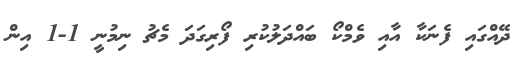
ދޭއްގައި ފެނަކާ އާއި ވެމްކޯ ބައްދަލުކުރި ފޯރިގަދަ މެޗު ނިމުނީ 1-1 އިން